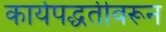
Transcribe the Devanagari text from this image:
कार्यपद्धतीवरून